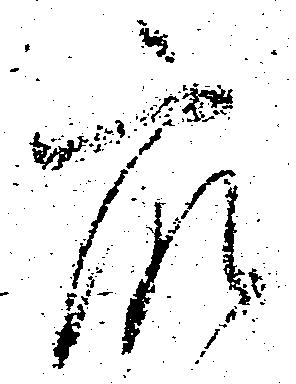
衆